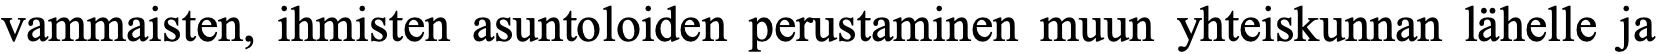
vammaisten, ihmisten asuntoloiden perustaminen muun yhteiskunnan lähelle ja